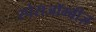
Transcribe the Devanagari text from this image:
स्पेसजॉम्बीज़